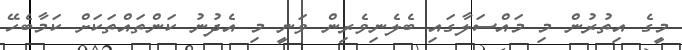
މީގެ އިތުރުން މި މައްސަލާގައި ބެލެނިވެރިން ވަނީ މި އެދުނު ކަންތައްތަކަށް ކަމާބެހޭ